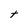
Character: T